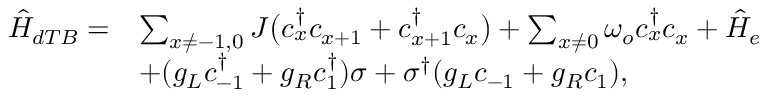
\begin{array} { r l } { \hat { H } _ { d T B } = } & { \sum _ { x \ne - 1 , 0 } J \big ( c _ { x } ^ { \dagger } c _ { x + 1 } + c _ { x + 1 } ^ { \dagger } c _ { x } \big ) + \sum _ { x \ne 0 } \omega _ { o } c _ { x } ^ { \dagger } c _ { x } + \hat { H } _ { e } } \\ & { + ( g _ { L } c _ { - 1 } ^ { \dagger } + g _ { R } c _ { 1 } ^ { \dagger } ) \sigma + \sigma ^ { \dagger } ( g _ { L } c _ { - 1 } + g _ { R } c _ { 1 } ) , } \end{array}